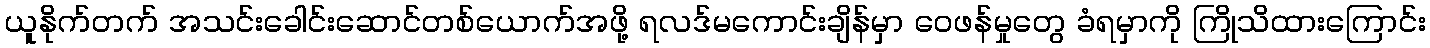
ယူနိုက်တက် အသင်းခေါင်းဆောင်တစ်ယောက်အဖို့ ရလဒ်မကောင်းချိန်မှာ ဝေဖန်မှုတွေ ခံရမှာကို ကြိုသိထားကြောင်း